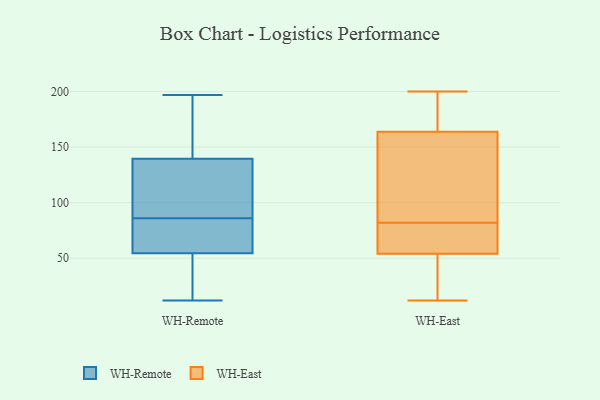
{"axis": {"x": "Tickets Resolved", "y": "Value"}, "legend": ["WH-East", "WH-Remote"], "data": [{"x": "", "y": 46, "type": "WH-Remote"}, {"x": "", "y": 95, "type": "WH-Remote"}, {"x": "", "y": 112, "type": "WH-Remote"}, {"x": "", "y": 71, "type": "WH-Remote"}, {"x": "", "y": 120, "type": "WH-Remote"}, {"x": "", "y": 65, "type": "WH-Remote"}, {"x": "", "y": 12, "type": "WH-Remote"}, {"x": "", "y": 60, "type": "WH-Remote"}, {"x": "", "y": 22, "type": "WH-Remote"}, {"x": "", "y": 127, "type": "WH-Remote"}, {"x": "", "y": 191, "type": "WH-Remote"}, {"x": "", "y": 122, "type": "WH-Remote"}, {"x": "", "y": 77, "type": "WH-Remote"}, {"x": "", "y": 197, "type": "WH-Remote"}, {"x": "", "y": 179, "type": "WH-Remote"}, {"x": "", "y": 25, "type": "WH-Remote"}, {"x": "", "y": 163, "type": "WH-Remote"}, {"x": "", "y": 152, "type": "WH-Remote"}, {"x": "", "y": 49, "type": "WH-Remote"}, {"x": "", "y": 77, "type": "WH-Remote"}, {"x": "", "y": 43, "type": "WH-East"}, {"x": "", "y": 178, "type": "WH-East"}, {"x": "", "y": 51, "type": "WH-East"}, {"x": "", "y": 159, "type": "WH-East"}, {"x": "", "y": 156, "type": "WH-East"}, {"x": "", "y": 70, "type": "WH-East"}, {"x": "", "y": 188, "type": "WH-East"}, {"x": "", "y": 12, "type": "WH-East"}, {"x": "", "y": 181, "type": "WH-East"}, {"x": "", "y": 55, "type": "WH-East"}, {"x": "", "y": 123, "type": "WH-East"}, {"x": "", "y": 31, "type": "WH-East"}, {"x": "", "y": 72, "type": "WH-East"}, {"x": "", "y": 82, "type": "WH-East"}, {"x": "", "y": 200, "type": "WH-East"}, {"x": "", "y": 58, "type": "WH-East"}, {"x": "", "y": 119, "type": "WH-East"}]}